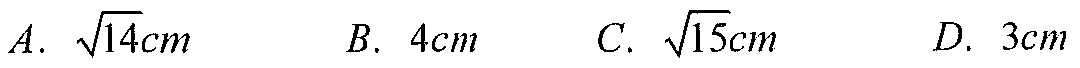
\(A.\ \sqrt{14}cm\qquad B.\ 4cm\qquad C.\ \sqrt{15}cm\qquad D.\ 3cm\)